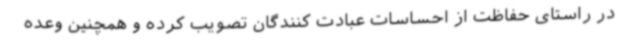
در راستای حفاظت از احساسات عبادت کنندگان تصویب کرده و همچنین وعده